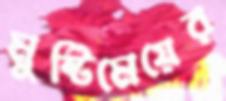
মুষ্টিমেয়ের